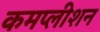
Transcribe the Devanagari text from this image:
कमप्लीशन